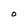
Character: O